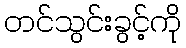
တင်သွင်းခွင့်ကို